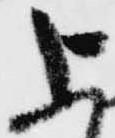
上